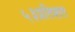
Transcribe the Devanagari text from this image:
५३प्रतिशत